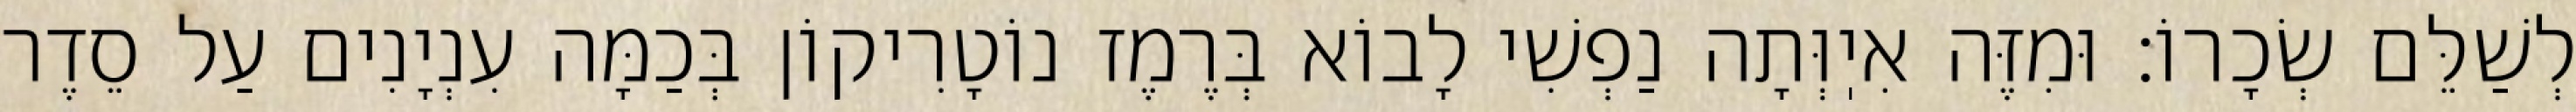
לְשַׁלֵּם שְׂכָרוֹ: וּמִזֶּה אִיֽוְּתָה נַפְשִׁי לָבוֹא בְּרֶמֶז נוֹטָרִיקוֹן בְּכַמָּה עִנְיָנִים עַל סֵדֶר